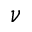
\nu